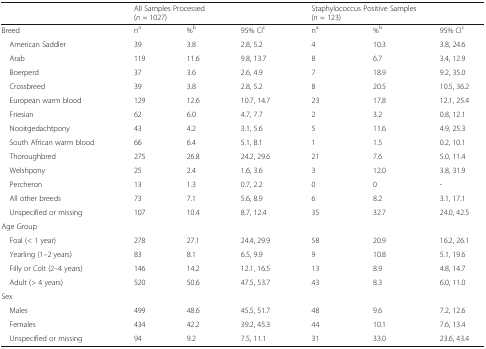
<table><thead><tr><td></td><td colspan="3"><b>All Samples Processed(<i>n</i> = 1027)</b></td><td colspan="3"><b>Staphylococcus Positive Samples(<i>n</i> = 123)</b></td></tr></thead><tbody><tr><td>Breed</td><td>n<sup>a</sup></td><td>%<sup>b</sup></td><td>95% CI<sup>c</sup></td><td>n<sup>a</sup></td><td>%<sup>b</sup></td><td>95% CI<sup>c</sup></td></tr><tr><td> American Saddler</td><td>39</td><td>3.8</td><td>2.8, 5.2</td><td>4</td><td>10.3</td><td>3.8, 24.6</td></tr><tr><td> Arab</td><td>119</td><td>11.6</td><td>9.8, 13.7</td><td>8</td><td>6.7</td><td>3.4, 12.9</td></tr><tr><td> Boerperd</td><td>37</td><td>3.6</td><td>2.6, 4.9</td><td>7</td><td>18.9</td><td>9.2, 35.0</td></tr><tr><td> Crossbreed</td><td>39</td><td>3.8</td><td>2.8, 5.2</td><td>8</td><td>20.5</td><td>10.5, 36.2</td></tr><tr><td> European warm blood</td><td>129</td><td>12.6</td><td>10.7, 14.7</td><td>23</td><td>17.8</td><td>12.1, 25.4</td></tr><tr><td> Friesian</td><td>62</td><td>6.0</td><td>4.7, 7.7</td><td>2</td><td>3.2</td><td>0.8, 12.1</td></tr><tr><td> Nooitgedachtpony</td><td>43</td><td>4.2</td><td>3.1, 5.6</td><td>5</td><td>11.6</td><td>4.9, 25.3</td></tr><tr><td> South African warm blood</td><td>66</td><td>6.4</td><td>5.1, 8.1</td><td>1</td><td>1.5</td><td>0.2, 10.1</td></tr><tr><td> Thoroughbred</td><td>275</td><td>26.8</td><td>24.2, 29.6</td><td>21</td><td>7.6</td><td>5.0, 11.4</td></tr><tr><td> Welshpony</td><td>25</td><td>2.4</td><td>1.6, 3.6</td><td>3</td><td>12.0</td><td>3.8, 31.9</td></tr><tr><td> Percheron</td><td>13</td><td>1.3</td><td>0.7, 2.2</td><td>0</td><td>0</td><td>-</td></tr><tr><td> All other breeds</td><td>73</td><td>7.1</td><td>5.6, 8.9</td><td>6</td><td>8.2</td><td>3.1, 17.1</td></tr><tr><td> Unspecified or missing</td><td>107</td><td>10.4</td><td>8.7, 12.4</td><td>35</td><td>32.7</td><td>24.0, 42.5</td></tr><tr><td colspan="7">Age Group</td></tr><tr><td> Foal (&lt; 1 year)</td><td>278</td><td>27.1</td><td>24.4, 29.9</td><td>58</td><td>20.9</td><td>16.2, 26.1</td></tr><tr><td> Yearling (1–2 years)</td><td>83</td><td>8.1</td><td>6.5, 9.9</td><td>9</td><td>10.8</td><td>5.1, 19.6</td></tr><tr><td> Filly or Colt (2–4 years)</td><td>146</td><td>14.2</td><td>12.1, 16.5</td><td>13</td><td>8.9</td><td>4.8, 14.7</td></tr><tr><td> Adult (&gt; 4 years)</td><td>520</td><td>50.6</td><td>47.5, 53.7</td><td>43</td><td>8.3</td><td>6.0, 11.0</td></tr><tr><td colspan="7">Sex</td></tr><tr><td> Males</td><td>499</td><td>48.6</td><td>45.5, 51.7</td><td>48</td><td>9.6</td><td>7.2, 12.6</td></tr><tr><td> Females</td><td>434</td><td>42.2</td><td>39.2, 45.3</td><td>44</td><td>10.1</td><td>7.6, 13.4</td></tr><tr><td> Unspecified or missing</td><td>94</td><td>9.2</td><td>7.5, 11.1</td><td>31</td><td>33.0</td><td>23.6, 43.4</td></tr></tbody></table>